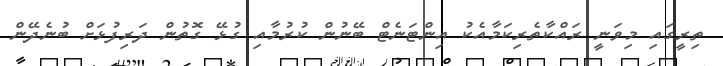
ތިރީގައި މިވަނީ ރައްކާތެރިކަމާއެކު އިންޓަނެޓް ބޭނުން ކުރުމާއި ގުޅޭ ގޮތުން ދަރިފުޅަށް ބުނެދޭން